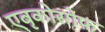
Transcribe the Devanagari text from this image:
एबृकोसोफ